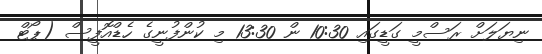
ނިޔަލަށް ރަސްމީ ގަޑީގައި 10:30 ން 13:30 މި ކުންފުނީގެ ހެޑްއޮފީސް (ޕޯޓް